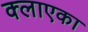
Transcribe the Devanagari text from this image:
क्लाएका